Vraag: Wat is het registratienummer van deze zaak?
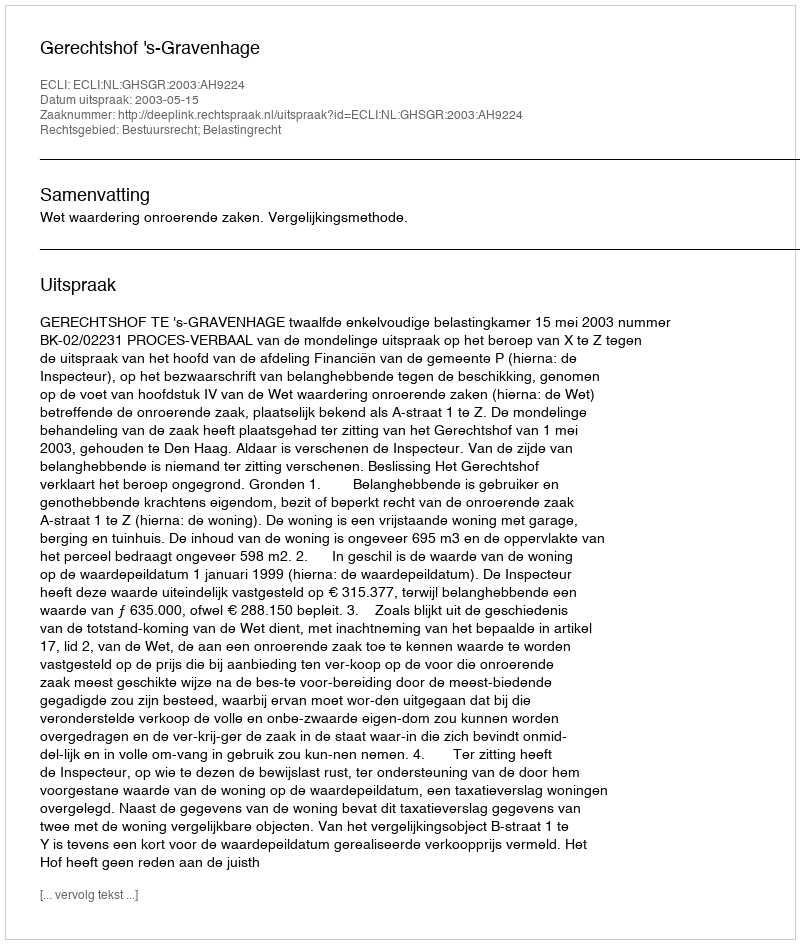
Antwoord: http://deeplink.rechtspraak.nl/uitspraak?id=ECLI:NL:GHSGR:2003:AH9224